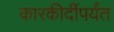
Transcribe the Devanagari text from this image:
कारकीर्दीपर्यंत